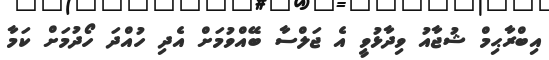
އިބްރާޙިމް ޝުޖާއު ވިދާޅުވީ އެ ޖަލްސާ ބޭއްވުމަށް އެދި ހުއްދަ ހޯދުމަށް ކަމާ